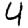
Digit: 4